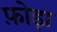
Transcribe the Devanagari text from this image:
फ़ोड़ा